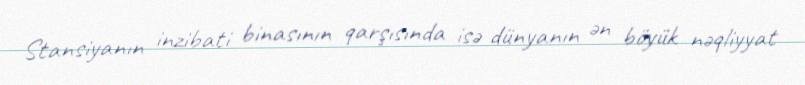
Stansiyanın inzibati binasının qarşısında isə dünyanın ən böyük nəqliyyat